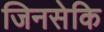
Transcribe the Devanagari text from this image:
जिनसेकि